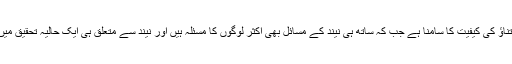
(پاک آنلائن نیوز) موجودہ دور میں ہر دوسرے شخص کو بے چینی اور تناؤ کی کیفیت کا سامنا ہے جب کہ ساتھ ہی نیند کے مسائل بھی اکثر لوگوں کا مسئلہ ہیں اور نیند سے متعلق ہی ایک حالیہ تحقیق میں یہ بات ثابت ہوئی ہےکہ گہری نیند تناؤ اور بے چینی کو کم کرتی ہے۔